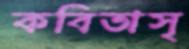
কবিতাসৃ